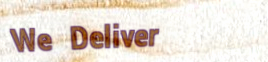
We Deliver